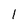
Character: l